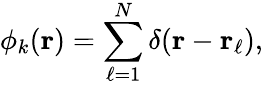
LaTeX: \phi_{k}(\mathbf{r})=\sum_{\ell=1}^{N}\delta(\mathbf{r}-\mathbf{r}_{\ell}),